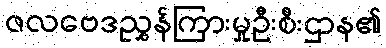
ဇလဗေဒညွှန်ကြားမှုဦးစီးဌာန၏